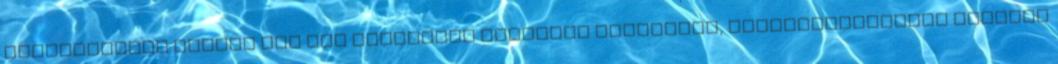
képzeletbeli térkép egy sík felületet felosztó rögzített, összefüggéstelen vonalak